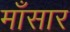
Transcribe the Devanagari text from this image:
माँसार